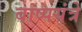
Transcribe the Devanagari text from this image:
बाष्पयंत्रे